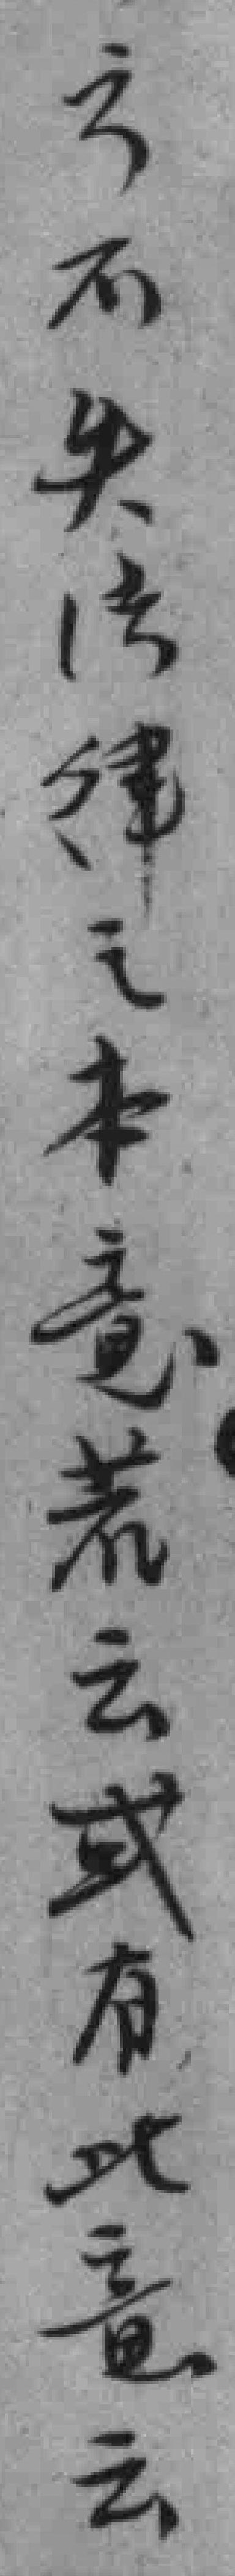
方不失法律之本意若云或有此意云